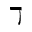
\daleth